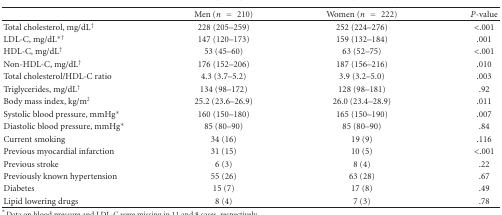
|  | Men (n = 210) | Women (n = 222) | P-value |
 | --- | --- | --- | --- |
 | Total cholesterol, mg/dL† | 228 (205–259) | 252 (224–276) | <.001 |
 | LDL-C, mg/dL*† | 147 (120–173) | 159 (132–184) | .001 |
 | HDL-C, mg/dL† | 53 (45–60) | 63 (52–75) | <.001 |
 | Non-HDL-C, mg/dL† | 176 (152–206) | 187 (156–216) | .010 |
 | Total cholesterol/HDL-C ratio | 4.3 (3.7–5.2) | 3.9 (3.2–5.0) | .003 |
 | Triglycerides, mg/dL† | 134 (98–172) | 128 (98–181) | .92 |
 | Body mass index, kg/m2 | 25.2 (23.6–26.9) | 26.0 (23.4–28.9) | .011 |
 | Systolic blood pressure, mmHg* | 160 (150–180) | 165 (150–190) | .007 |
 | Diastolic blood pressure, mmHg* | 85 (80–90) | 85 (80–90) | .84 |
 | Current smoking | 34 (16) | 19 (9) | .116 |
 | Previous myocardial infarction | 31 (15) | 10 (5) | <.001 |
 | Previous stroke | 6 (3) | 8 (4) | .22 |
 | Previously known hypertension | 55 (26) | 63 (28) | .67 |
 | Diabetes | 15 (7) | 17 (8) | .49 |
 | Lipid lowering drugs | 8 (4) | 7 (3) | .78 |